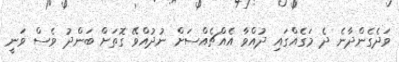
ވަދެގެންދާނެ ދެ މަގެއްގައި ދުއްވާ އެއްޗެއްސަށް ނުދުއްވޭ ގޮތަށް ބަންދު ވެސް ވަނީ